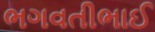
ભગવતીભાઈ